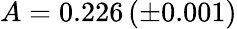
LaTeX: A=0.226\, (\pm 0.001)